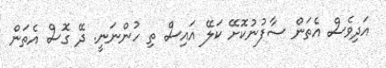
އަދިވެސް އެތަން ސާފުނުކޮށޭ ކަލޭ އައިސް ތި ހުންނަނީ. ދޭ ގޮސް އެތަން